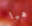
هيا